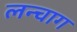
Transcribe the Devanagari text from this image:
लन्चाग